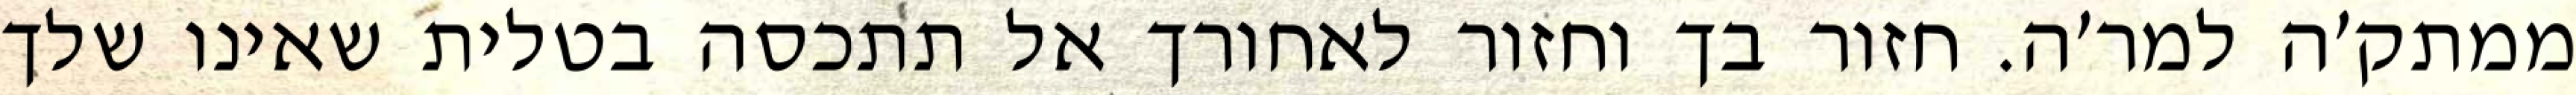
ממתק׳ה למר׳ה. חזור בך וחזור לאחורך אל תתכסה בטלית שאינו שלך